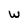
Character: w